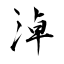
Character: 淖